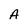
Character: A